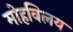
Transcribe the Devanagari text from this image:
मोहविलय